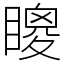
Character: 𥊙